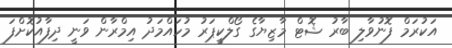
އަކުރަމް ފޮނުވާލި ބާރު ޝޮޓް މާޒިޔާގެ ގޯލްކީޕަރު މުހައްމަދު އިމްރާން ވަނީ ދިފާއުކޮށްފަ